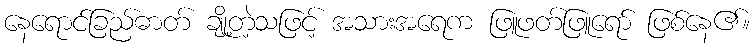
နေရောင်ခြည်ဓာတ် ချို့တဲ့သဖြင့် အသားအရေက ဖြူဖတ်ဖြူရော် ဖြစ်နေ၏။